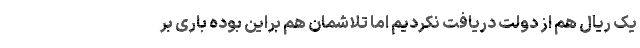
یک ریال هم از دولت دریافت نکردیم اما تلاشمان هم براین بوده باری بر